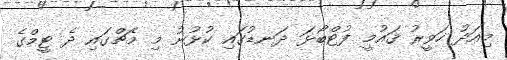
މިއަދު ހަވީރު ޤައުމީ ފުޓްބޯޅަ ދަނޑުގައި ކުޅުނު މި މެޗްގައި ދެ ޓީމްގެ